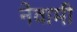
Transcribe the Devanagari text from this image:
नेवामी